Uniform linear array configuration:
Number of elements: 8
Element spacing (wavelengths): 0.25
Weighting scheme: hamming
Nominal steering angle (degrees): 0
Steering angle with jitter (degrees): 0.9831
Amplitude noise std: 0.05
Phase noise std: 0.05

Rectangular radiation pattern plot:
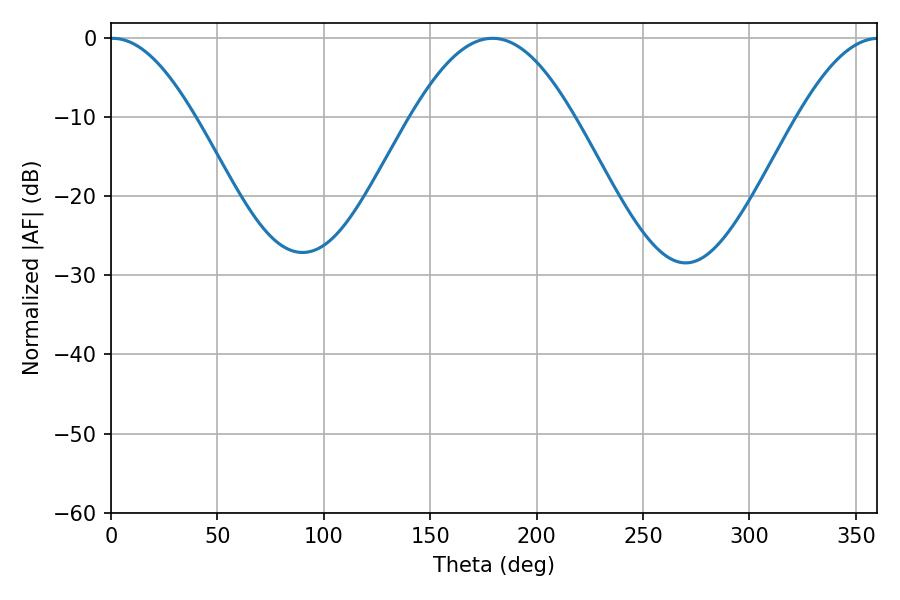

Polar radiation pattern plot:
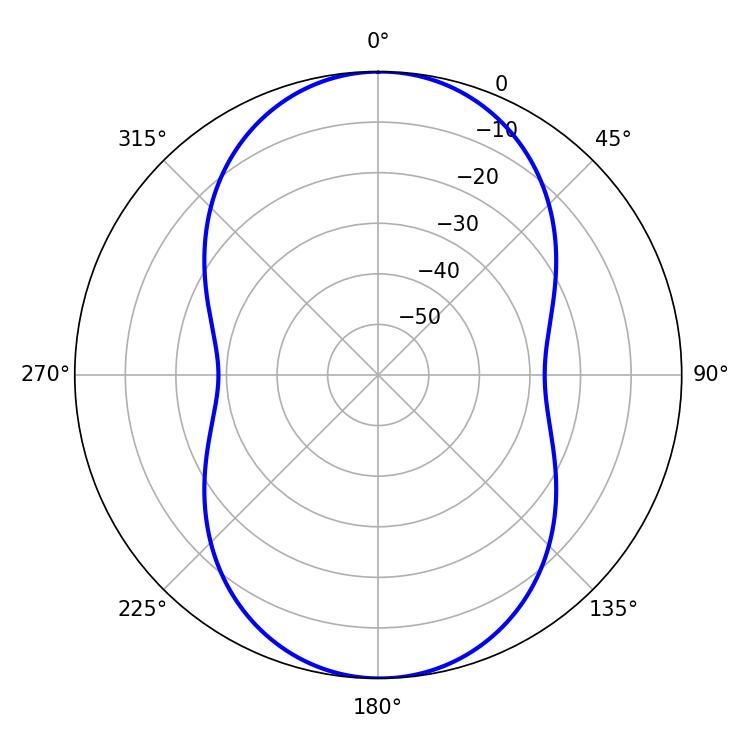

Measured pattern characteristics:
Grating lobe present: FALSE
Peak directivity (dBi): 19.696
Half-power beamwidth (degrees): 21.42
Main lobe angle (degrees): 0.72